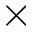
\times